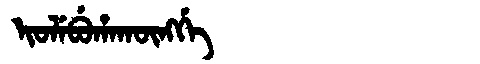
Manchu: ᡳᠣᠯᡝᠪᡠᡥᠠᡴᡡᠩᡤᡝ
Romanization: IOLEBUHAKŪNGGE